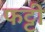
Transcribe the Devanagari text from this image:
फट्टी